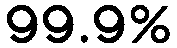
99.9%